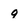
Character: q